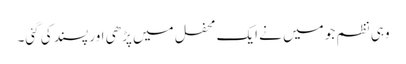
وہی نظم جو میں نے ایک محفل میں پڑھی اور پسند کی گئی۔